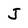
Character: J